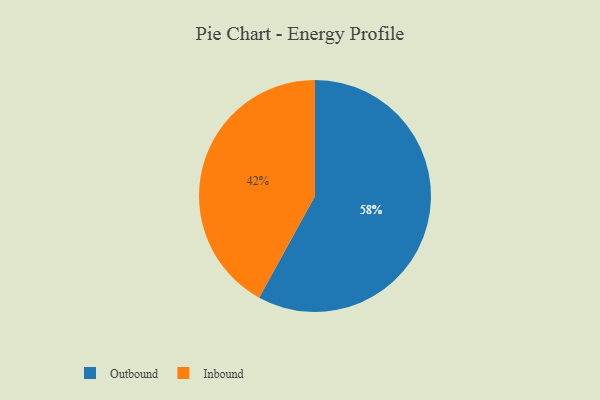
{"axis": {"x": "Category", "y": "Percentage"}, "legend": ["Inbound", "Outbound"], "data": [{"x": "Outbound", "y": 58, "type": "Outbound"}, {"x": "Inbound", "y": 42, "type": "Inbound"}]}